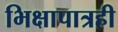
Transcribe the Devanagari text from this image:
भिक्षापात्रही